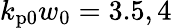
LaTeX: k_{\mathrm{p0}}w_{0}=3.5,4